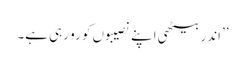
’’اندر بیٹھی اپنے نصیبوں کو رو رہی ہے۔